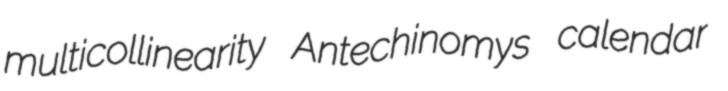
multicollinearity Antechinomys calendar